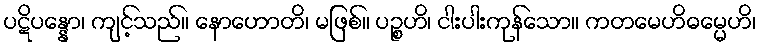
ပဋိပန္နော၊ ကျင့်သည်။ နောဟောတိ၊ မဖြစ်။ ပဉ္စဟိ၊ ငါးပါးကုန်သော။ ကတမေဟိဓမ္မေဟိ၊